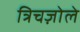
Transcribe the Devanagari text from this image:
त्रिचज़ोले